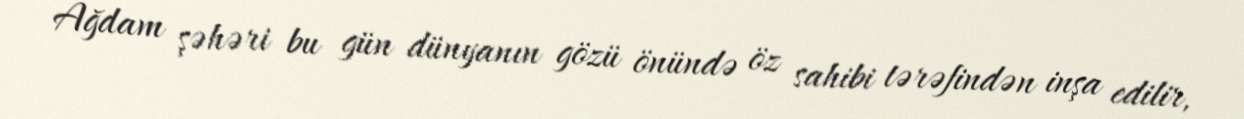
Ağdam şəhəri bu gün dünyanın gözü önündə öz sahibi tərəfindən inşa edilir,